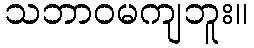
သဘာဝမကျဘူး။